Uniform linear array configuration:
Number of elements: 32
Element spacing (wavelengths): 0.5
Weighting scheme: binomial
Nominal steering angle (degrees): -15
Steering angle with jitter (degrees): -13.984
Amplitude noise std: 0.05
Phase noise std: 0.05

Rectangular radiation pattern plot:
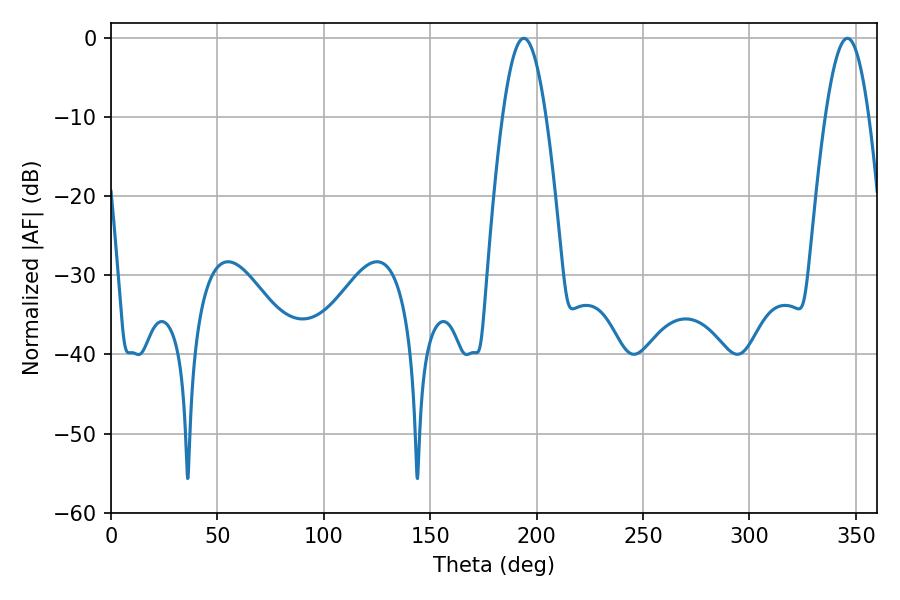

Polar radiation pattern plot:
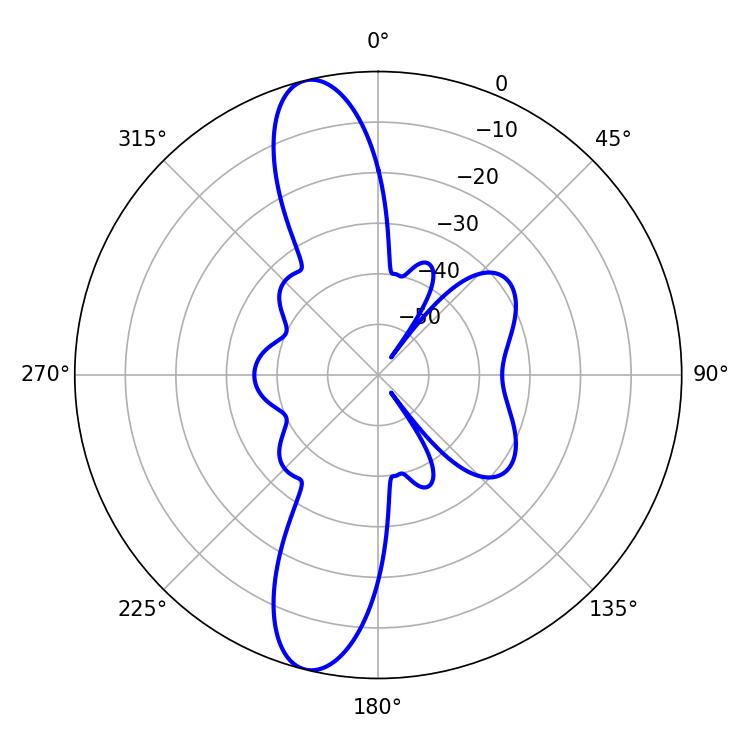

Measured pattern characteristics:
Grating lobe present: FALSE
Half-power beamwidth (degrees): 11.16
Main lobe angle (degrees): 194.04